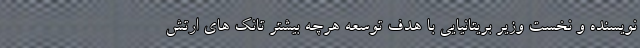
نویسنده و نخست وزیر بریتانیایی با هدف توسعه هرچه بیشتر تانک های ارتش